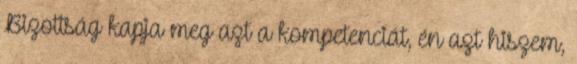
Bizottság kapja meg azt a kompetenciát, én azt hiszem,